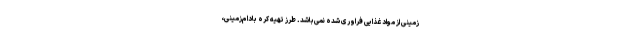
‌زمینی از مواد غذایی فراوری شده نمی‌باشد. طرز تهیه کره بادام‌زمینی،